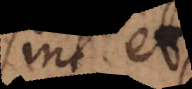
sint et